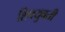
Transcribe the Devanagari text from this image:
शिवयुवती